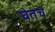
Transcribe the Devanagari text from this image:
घेतच